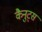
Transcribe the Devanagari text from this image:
कैनुट्स